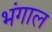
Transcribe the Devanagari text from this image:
भंगाल